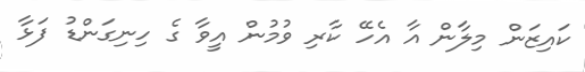
ކައިޒަން މިލާން އާ އެހޭ ކާރި ވުމުން އީވާ ގެ ހިނިގަންޑު ފަޅާ